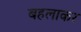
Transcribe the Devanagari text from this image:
बहलाकर